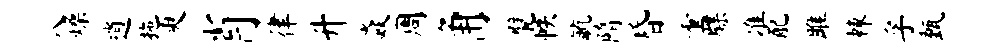
八燥逍拖臾肖律升焱周角甓帙毓隋昏重牒准配雎棘孚甄